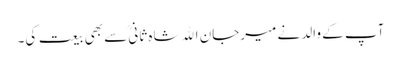
آپ کے والد نے میرجان اﷲشاہ ثانیؒ سے بھی بیعت کی۔